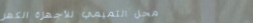
محل التميمي للأجهزة الكهر